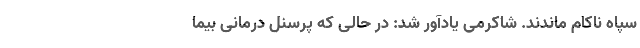
سپاه ناکام ماندند. شاکرمی یادآور شد: در حالی که پرسنل درمانی بیما